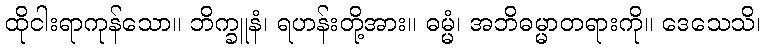
ထိုငါးရာကုန်သော။ ဘိက္ခူနံ၊ ရဟန်းတို့အား။ ဓမ္မံ၊ အဘိဓမ္မာတရားကို။ ဒေသေသိ၊